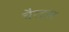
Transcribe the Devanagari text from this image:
चैरट्स